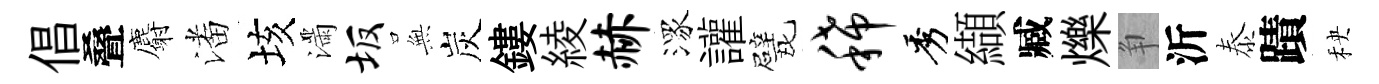
倡叠麝潘垓滿坂𭴾炭鏤綾赫潈讙戏稀秀纈臧爍争沂泰蹟秧